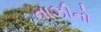
નાઝીનો